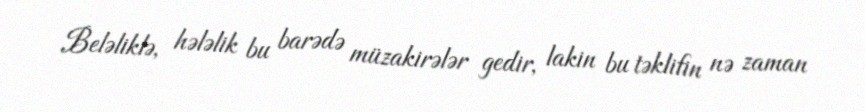
Beləliklə, hələlik bu barədə müzakirələr gedir, lakin bu təklifin nə zaman